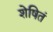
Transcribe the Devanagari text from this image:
शेषितं